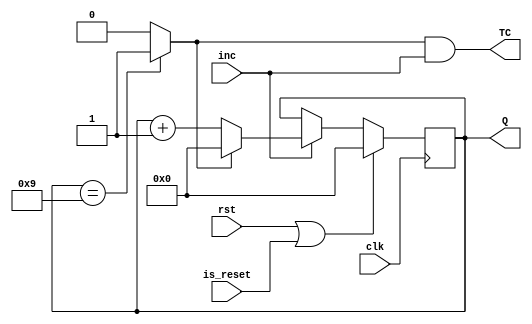
module BC9 (clk, rst, is_reset, inc, Q, TC);

input rst, clk;
input inc;
input is_reset;
output reg [3:0] Q ;
output TC ; // indicate terminal count


wire finl; // Q reached terminal value

always @(posedge clk) 
  if(rst || is_reset) Q <= 4'd0; // sychronous reset

  else if (inc) 
    if(fin) Q <= 4'd0;
    else Q <= Q + 1;

assign fin = (Q == 4'd9)?1:0;
assign TC = fin & inc ;

endmodule